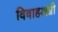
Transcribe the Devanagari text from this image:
विवाहअग्नी